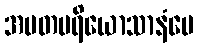
အမတပရိယောသာနံပေ